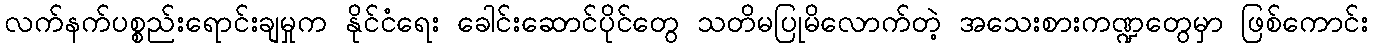
လက်နက်ပစ္စည်းရောင်းချမှုက နိုင်ငံရေး ခေါင်းဆောင်ပိုင်တွေ သတိမပြုမိလောက်တဲ့ အသေးစားကဏ္ဍတွေမှာ ဖြစ်ကောင်း